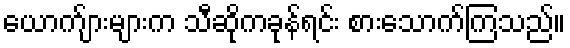
ယောက်ျားများက သီဆိုကခုန်ရင်း စားသောက်ကြသည်။